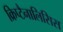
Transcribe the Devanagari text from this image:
क्रिप्टैनालिसिस